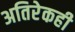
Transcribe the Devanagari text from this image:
अतिरेकही